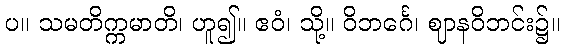
ပ။ သမတိက္ကမာတိ၊ ဟူ၍။ ဧဝံ၊ သို့။ ဝိဘင်္ဂေ၊ ဈာနဝိဘင်း၌။